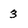
Character: 3